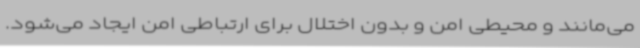
می‌مانند و محیطی امن و بدون اختلال برای ارتباطی امن ایجاد می‌شود.